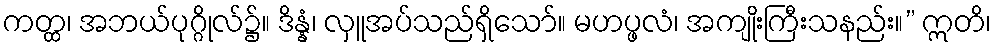
ကတ္ထ၊ အဘယ်ပုဂ္ဂိုလ်၌။ ဒိန္နံ၊ လှူအပ်သည်ရှိသော်။ မဟပ္ဖလံ၊ အကျိုးကြီးသနည်း။” ဣတိ၊